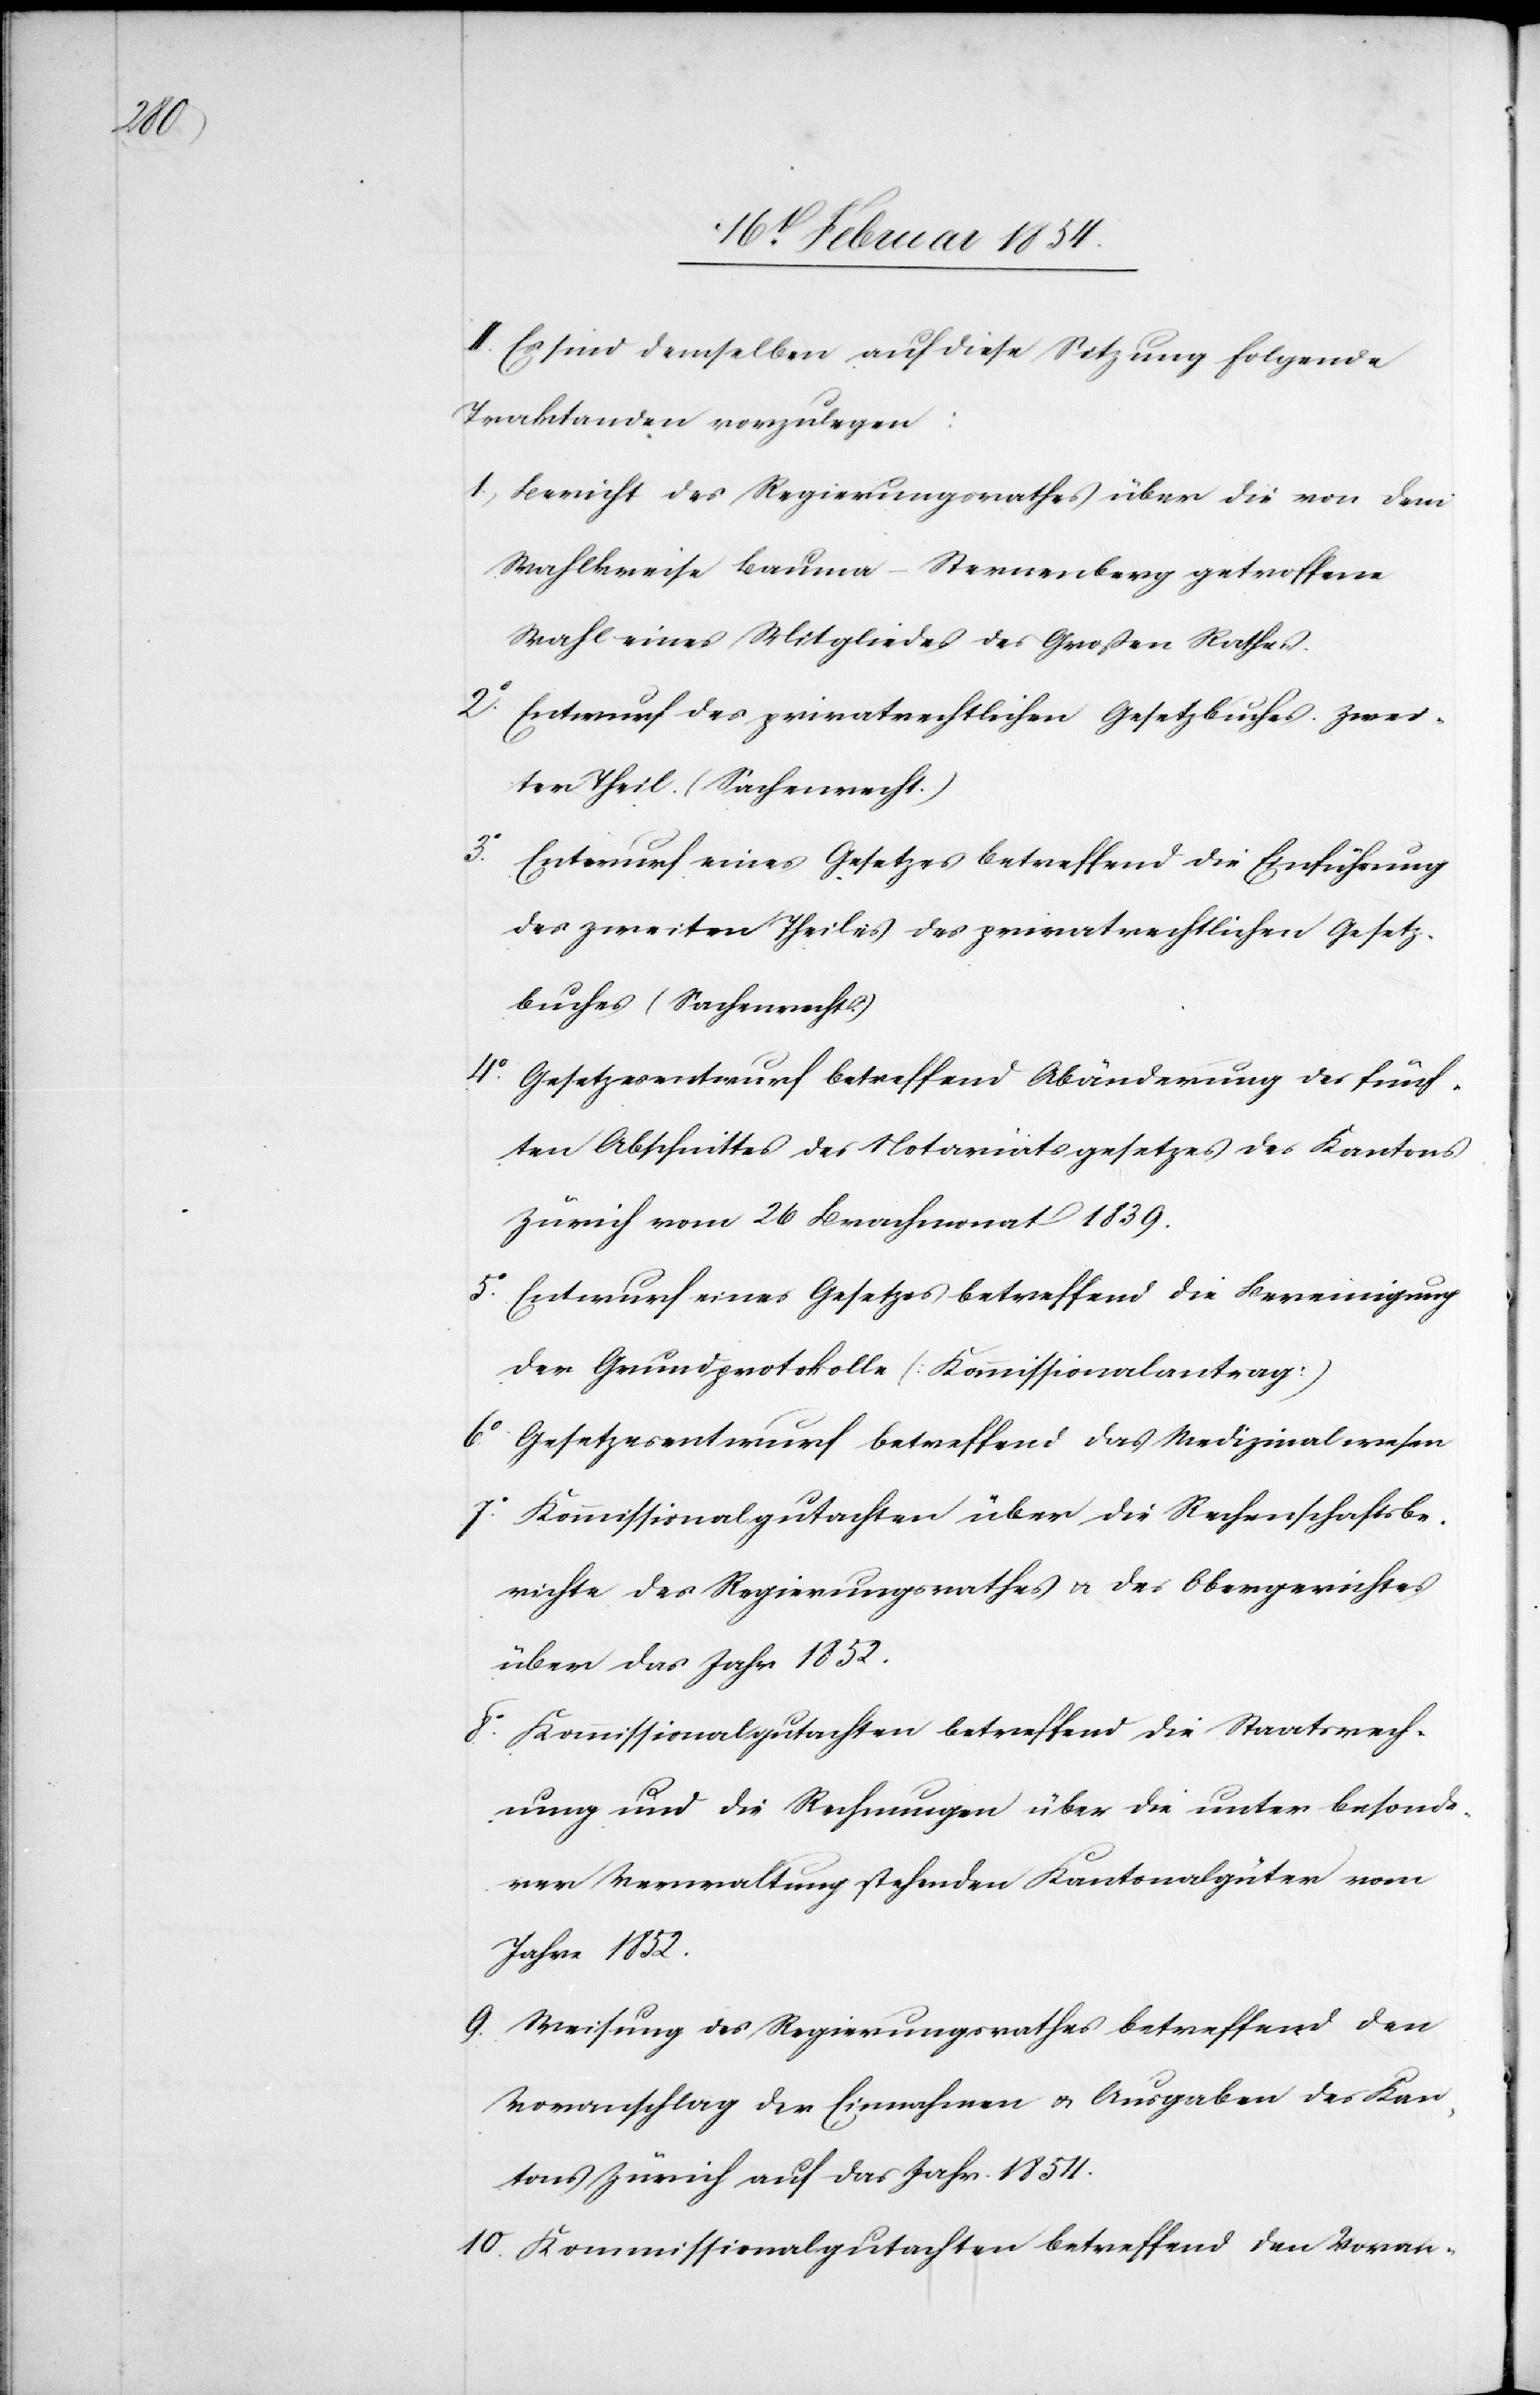
II. Es sind demselben auf diese Sitzung folgende
Traktanden vorzulegen:
1o Bericht des Regierungsrathes über die von dem
Wahlkreise Bauma-Sternenberg getroffene
Wahl eines Mitgliedes des Großen Rathes.
2o Entwurf des privatrechtlichen Gesetzbuches zwei¬
ter Theil. (Sachenrecht.)
3o Entwurf eines Gesetzes betreffend die Einführung
des zweiten Theiles des privatrechtlichen Gesetz¬
buches (Sachenrecht.)
4o Gesetzesentwurf betreffend Abänderung des fünf¬
ten Abschnittes des Notariatsgesetzes des Kantons
Zürich vom 26 Brachmonat 1839.
5o Entwurf eines Gesetzes betreffend die Bereinigung
der Grundprotokolle (Kommissionalantrag)
6o Gesetzesentwurf betreffend das Medizinalwesen
7o Kommissionalgutachten über die Rechenschaftsbe¬
richte des Regierungsrathes u. des Obergerichtes
über das Jahr 1852.
8o Kommissionalgutachten betreffend die Staatsrech¬
nung und die Rechnungen über die unter besonde¬
rer Verwaltung stehenden Kantonalgüter vom
Jahre 1852.
9. Weisung des Regierungsrathes betreffend den
Voranschlag der Einnahmen u. Ausgaben des Kan¬
tons Zürich auf das Jahr 1854.
10. Kommissionalgutachten betreffend den Voran-